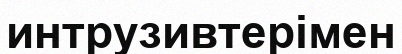
интрузивтерімен